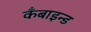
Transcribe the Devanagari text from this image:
कँबाइन्ड